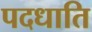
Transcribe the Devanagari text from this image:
पदधाति